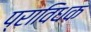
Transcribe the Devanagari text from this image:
प्राविधक